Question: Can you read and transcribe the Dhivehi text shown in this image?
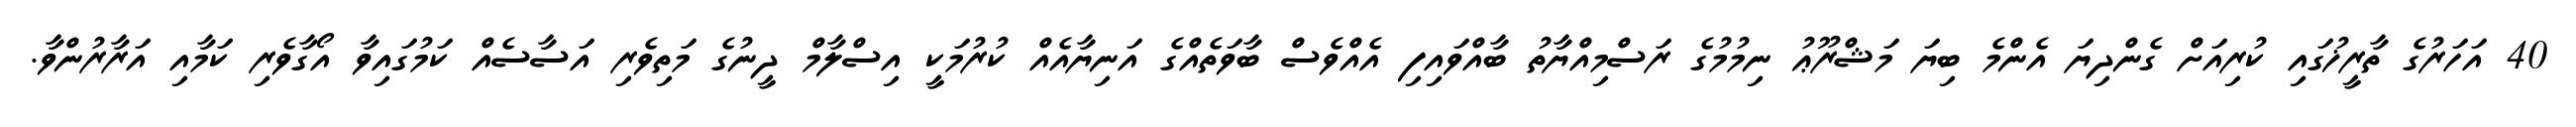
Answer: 40 އަހަރުގެ ތާރީޚުގައި ކުރިއަށް ގެންދިޔަ އެންމެ ބިޔަ މަޝްރޫޢު ނިމުމުގެ ރަސްމިއްޔާތު ބާއްވައިފި އެއްވެސް ބާވަތެއްގެ އަނިޔާއެއް ކުރުމަކީ އިސްލާމް ދީނުގެ މަތިވެރި އަސާސެއް ކަމުގައިވާ އޯގާވެރި ކަމާއި އަރާރުންވާ.